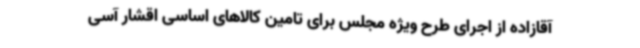
آقازاده از اجرای طرح ویژه مجلس برای تامین کالاهای اساسی اقشار آسی